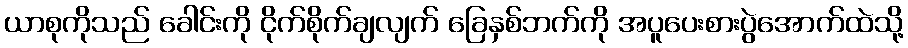
ယာစုကိုသည် ခေါင်းကို ငိုက်စိုက်ချလျက် ခြေနှစ်ဘက်ကို အပူပေးစားပွဲအောက်ထဲသို့